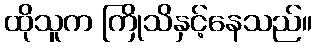
ထိုသူက ကြိုသိနှင့်နေသည်။